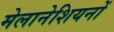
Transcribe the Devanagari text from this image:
मेलानेशियनों